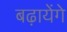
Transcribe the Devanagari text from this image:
बढ़ायेंगे